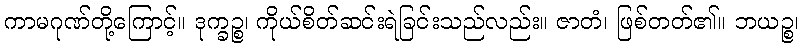
ကာမဂုဏ်တို့ကြောင့်။ ဒုက္ခဉ္စ၊ ကိုယ်စိတ်ဆင်းရဲခြင်းသည်လည်း။ ဇာတံ၊ ဖြစ်တတ်၏။ ဘယဉ္စ၊